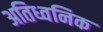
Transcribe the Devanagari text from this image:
अतिध्वनिक